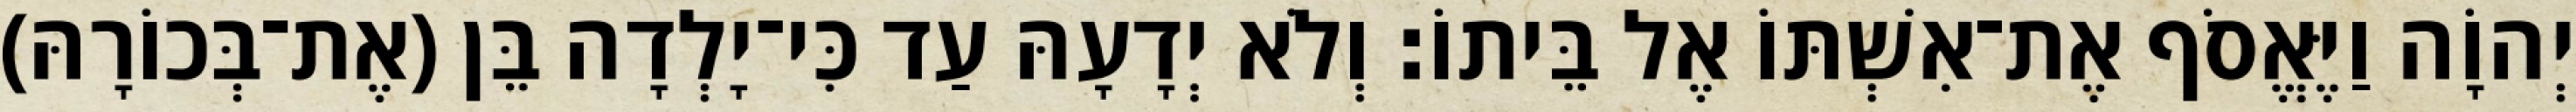
יְהוָֹה וַיֶּאֱסֹף אֶת־אִשְׁתּוֹ אֶל בֵּיתוֹ׃ וְלֹא יְדָעָהּ עַד כִּי־יָלְדָה בֵּן (אֶת־בְּכוֹרָהּ)